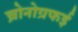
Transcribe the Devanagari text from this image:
च्रोनोग्रफई